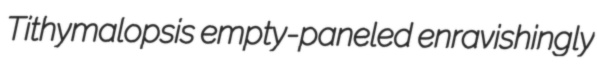
Tithymalopsis empty-paneled enravishingly